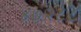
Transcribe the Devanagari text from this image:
४७२८८